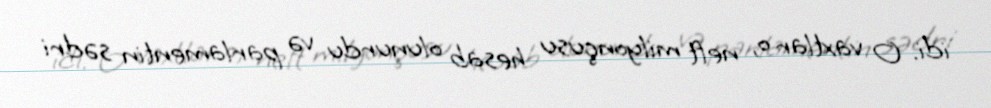
idi. O vaxtlar o, neft milyonçusu hesab olunurdu və parlamentin sədri